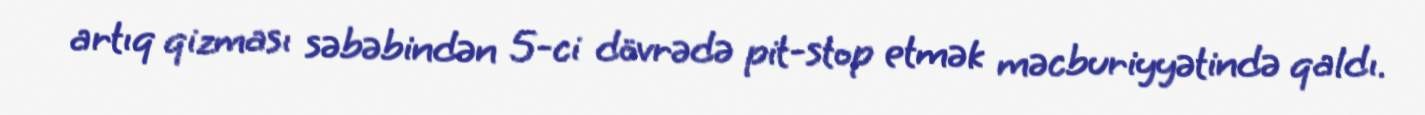
artıq qizması səbəbindən 5-ci dövrədə pit-stop etmək məcburiyyətində qaldı.